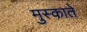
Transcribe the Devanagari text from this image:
मुस्काते